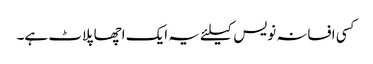
کسی افسانہ نویس کیلئے یہ ایک اچھا پلاٹ ہے۔